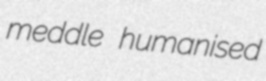
meddle humanised